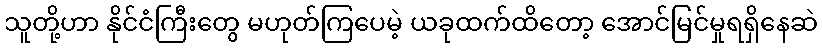
သူတို့ဟာ နိုင်ငံကြီးတွေ မဟုတ်ကြပေမဲ့ ယခုထက်ထိတော့ အောင်မြင်မှုရရှိနေဆဲ